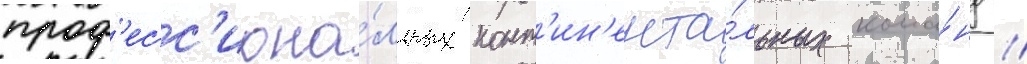
проф'есс'иона́льных конт'ин'ента́льных кома́нд //